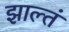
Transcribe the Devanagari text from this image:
झाल्तं